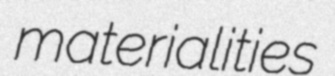
materialities